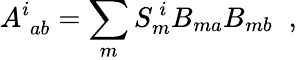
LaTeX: A_{\; ab}^{i}=\sum_{m}S_{m}^{~i}B_{ma}B_{mb}\; \; ,